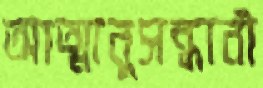
আত্মানুসন্ধানী